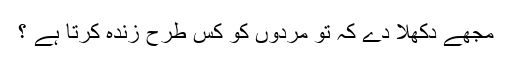
مجھے دکھلا دے کہ تو مُردوں کو کس طرح زندہ کرتا ہے ؟